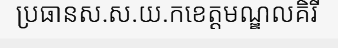
ប្រធានស.ស.យ.កខេត្តមណ្ឌលគិរី